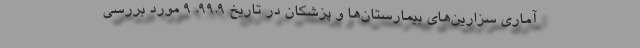
آماری سزارین‌های بیمارستان‌ها و پزشکان در تاریخ 99.9. 9 مورد بررسی